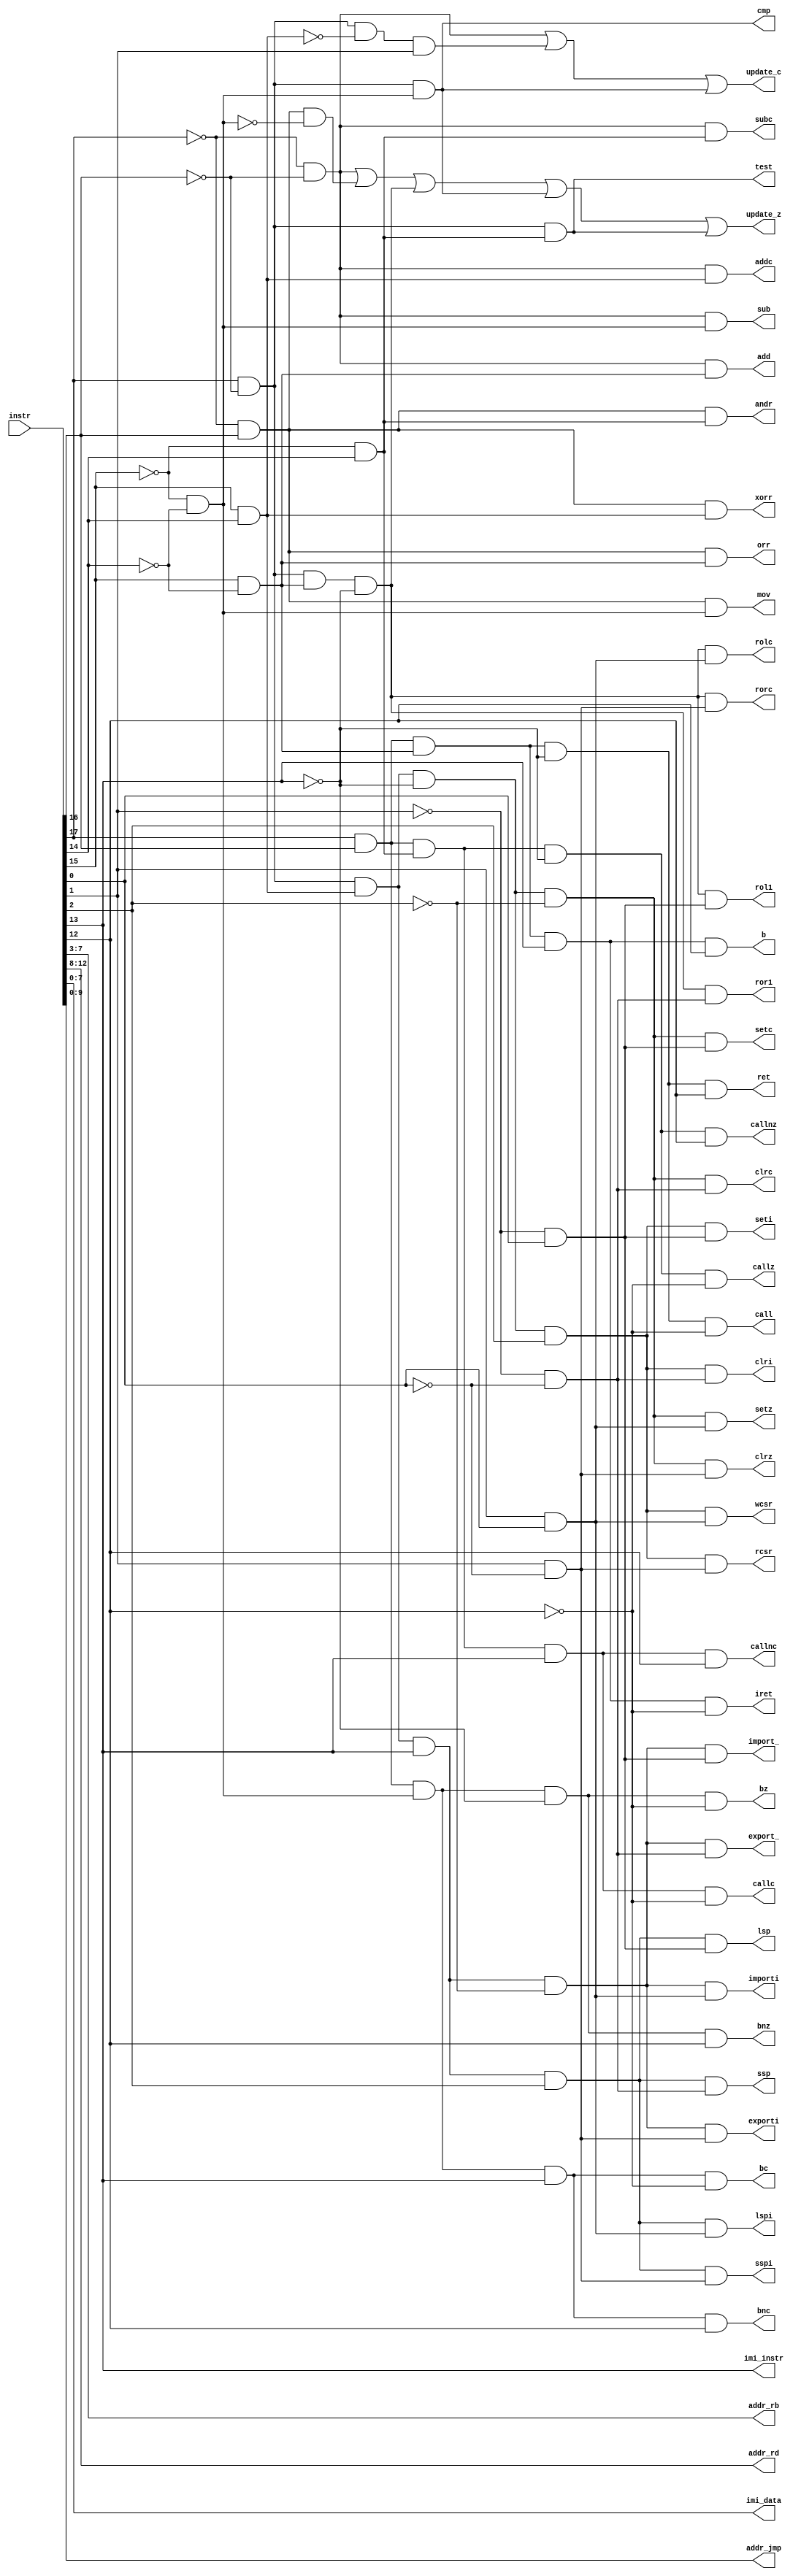
// ============================================================================
// >>>>>>>>>>>>>>>>>>>>>>>>>>>>> COPYRIGHT NOTICE <<<<<<<<<<<<<<<<<<<<<<<<<<<<<
// ----------------------------------------------------------------------------
// Copyright (c) 2006-2011 by Lattice Semiconductor Corporation
// ALL RIGHTS RESERVED 
// ----------------------------------------------------------------------------
//
// IMPORTANT: THIS FILE IS AUTO-GENERATED BY THE LATTICEMICO SYSTEM.
//
// Permission:
//
//      Lattice Semiconductor grants permission to use this code
//      pursuant to the terms of the Lattice Semiconductor Corporation
//      Open Source License Agreement.  
//
// Disclaimer:
//
//      Lattice Semiconductor provides no warranty regarding the use or
//      functionality of this code. It is the user's responsibility to
//      verify the users design for consistency and functionality through
//      the use of formal verification methods.
//
// ----------------------------------------------------------------------------
//
//                  Lattice Semiconductor Corporation
//                  5555 NE Moore Court
//                  Hillsboro, OR 97214
//                  U.S.A
//
//                  TEL: 1-800-Lattice (USA and Canada)
//                         503-286-8001 (other locations)
//
//                  web: http://www.latticesemi.com/
//
// ----------------------------------------------------------------------------
//                         FILE DETAILS
//
// Name			: lm8_idec.v
// Project		: LatticeMico8
// Dependencies	: n/a
// Description	: LatticeMico8 microcontroller core's instruction decode logic.
// Revisions	: 3.2 (Initial version)
// 				: 3.3 (n/a)
// ============================================================================

module lm8_idec
  #(
    parameter  PROM_AW=10
    )
   (
    input [17:0] instr,
    
    output reg imi_instr,
    output reg sub,
    output reg subc,
    output reg add,
    output reg addc,
    output reg mov,
    output reg andr,
    output reg orr,
    output reg xorr,
    output reg cmp,
    output reg test,
    output reg ror1,
    output reg rorc,
    output reg rol1,
    output reg rolc,
    output reg clrc,
    output reg setc,
    output reg clrz,
    output reg setz,
    output reg clri,
    output reg seti,
    output reg bz,
    output reg bnz,
    output reg bc,
    output reg bnc,
    output reg b,
    output reg callz,
    output reg callnz,
    output reg callc,
    output reg callnc,
    output reg call,
    output reg ret,
    output reg iret,
    output reg export_,
    output reg import_,
    output reg exporti,
    output reg importi,
    output reg ssp,
    output reg lsp,
    output reg sspi,
    output reg lspi,
    output reg wcsr,
    output reg rcsr,
    
    output reg [4:0] addr_rb,
    output reg [4:0] addr_rd,
    output reg [7:0] imi_data,
    output reg [PROM_AW -1:0] addr_jmp,
    output reg update_c,
    output reg update_z
   );
   
   
   reg        instr_l1_0, instr_l1_1, instr_l1_2, instr_l1_3;
   reg        instr_l2_0, instr_l2_1, instr_l2_2, instr_l2_3;
   reg        instr_l3_0, instr_l3_1;
   reg        instr_l4_0, instr_l4_1;
   reg        instr_l5_0, instr_l5_1, instr_l5_2, instr_l5_3;
   reg        instr_l6_0, instr_l6_1;
   reg        instr_l7_0, instr_l7_1, instr_l7_2, instr_l7_3;
   reg        ro;
   reg        sc;
   reg        br0;
   reg        ca0, ca1;
   reg        re;
   reg        iels;
   reg        iels_ie;
   reg        iels_ls;
   
   always @(/*AUTOSENSE*/instr)
     begin
	// Level 1 decodes of bits [17:16]
	instr_l1_0 = (~instr[17] & ~instr[16]);
	instr_l1_1 = (~instr[17] & instr[16]);
	instr_l1_2 = (instr[17] & ~instr[16]);
	instr_l1_3 = (instr[17] & instr[16]);
	
	// Level 2 decodes of bits [15:14]
	instr_l2_0 = (~instr[15] & ~instr[14]);
	instr_l2_1 = (~instr[15] & instr[14]);
	instr_l2_2 = (instr[15] & ~instr[14]);
	instr_l2_3 = (instr[15] & instr[14]);
	
	// Level 3 decodes of bits [13]
	instr_l3_0 = ~instr[13];
	instr_l3_1 = instr[13];
	
	// Level 4 decodes of bits [12]
	instr_l4_0 = ~instr[12];
	instr_l4_1 = instr[12];
	
	// Level 5 decodes of bits [11:10]
	instr_l5_0 = (~instr[11] & ~instr[10]);
	instr_l5_1 = (~instr[11] & instr[10]);
	instr_l5_2 = (instr[11] & ~instr[10]);
	instr_l5_3 = (instr[11] & instr[10]);
	
	// Level 6 decodes of bits [2]
	instr_l6_0 = ~instr[2];
	instr_l6_1 = instr[2];
	
	// Level 7 decodes of bits [1:0]
	instr_l7_0 = (~instr[1] & ~instr[0]);
	instr_l7_1 = (~instr[1] & instr[0]);
	instr_l7_2 = (instr[1] & ~instr[0]);
	instr_l7_3 = (instr[1] & instr[0]);
     end
   
   always @(/*AUTOSENSE*/instr or instr_l1_0 or instr_l1_1
	    or instr_l1_2 or instr_l1_3 or instr_l2_0 or instr_l2_1
	    or instr_l2_2 or instr_l2_3 or instr_l3_0 or instr_l3_1
	    or instr_l4_0 or instr_l4_1 or instr_l6_0 or instr_l6_1
	    or instr_l7_0 or instr_l7_1 or instr_l7_2 or instr_l7_3)
     begin
	// Immidiate operand instruction de
	imi_instr = instr_l3_1;
	
	// Decodes for sub* instructions
	sub   = instr_l1_0 & instr_l2_0;
	subc  = instr_l1_0 & instr_l2_1;
	
	// Decodes for add* instructions
	add   = instr_l1_0 & instr_l2_2;
	addc  = instr_l1_0 & instr_l2_3;
	
	// Decodes for mov* instructions
	mov  = instr_l1_1 & instr_l2_0;
	
	// Decodes for logic* instructions
	andr = instr_l1_1 & instr_l2_1;
	orr  = instr_l1_1 & instr_l2_2;
	xorr = instr_l1_1 & instr_l2_3;
	
	// Decodes for compare/test instructions
	cmp   = instr_l1_2 & instr_l2_0;
	test  = instr_l1_2 & instr_l2_1;
	
	// Decodes for rotate instructions
	ro    = instr_l1_2 & instr_l2_2 & instr_l3_0;
	ror1  = ro & instr_l7_0;
	rorc  = ro & instr_l7_2;
	rol1  = ro & instr_l7_1;
	rolc  = ro & instr_l7_3;
	
	// Decodes for set/clear instructions
	sc    = instr_l1_2 & instr_l2_3 & instr_l3_0;
	clrc  = sc & instr_l6_0 & instr_l7_0;
	setc  = sc & instr_l6_0 & instr_l7_1;
	clrz  = sc & instr_l6_0 & instr_l7_2;
	setz  = sc & instr_l6_0 & instr_l7_3;
	clri  = sc & instr_l6_1 & instr_l7_0;
	seti  = sc & instr_l6_1 & instr_l7_1;
	
	// Decodes for import_/export_ instructions
	iels    = instr_l1_2 & instr_l2_3 & instr_l3_1;
	iels_ie = iels & instr_l6_0;
	export_  = iels_ie & instr_l7_0;
	import_  = iels_ie & instr_l7_1;
	exporti = iels_ie & instr_l7_2;
	importi = iels_ie & instr_l7_3;
	
	// Decodes for load/store instructions
	iels_ls = iels & instr_l6_1;
	ssp     = iels_ls & instr_l7_0;
	lsp     = iels_ls & instr_l7_1;
	sspi    = iels_ls & instr_l7_2;
	lspi    = iels_ls & instr_l7_3;
	
	// Decodes for branch instructions
	br0   = instr_l1_3 & instr_l2_0;
	bz    = br0 & instr_l3_0 & instr_l4_0;
	bnz   = br0 & instr_l3_0 & instr_l4_1;
	bc    = br0 & instr_l3_1 & instr_l4_0;
	bnc   = br0 & instr_l3_1 & instr_l4_1;
	
	
	// Decodes for call instructions
	ca0    = instr_l1_3 & instr_l2_1;
	callz  = ca0 & instr_l3_0 & instr_l4_0;
	callnz = ca0 & instr_l3_0 & instr_l4_1;
	callc  = ca0 & instr_l3_1 & instr_l4_0;
	callnc = ca0 & instr_l3_1 & instr_l4_1;
	
	// Decodes for unconditional branch/call/return instructions
	re    = instr_l1_3 & instr_l2_2;
	ca1   = instr_l1_3 & instr_l2_2;
	call  = ca1 & instr_l3_0 & instr_l4_0;
	ret   = re & instr_l3_0 & instr_l4_1;
	iret  = re & instr_l3_1 & instr_l4_0;
	b     = ca1 & instr_l3_1 & instr_l4_1;
	
	// Decodes for control & status instructions
	rcsr  = instr_l1_2 & instr_l2_3 & instr_l3_0 & instr_l6_1 & instr_l7_2;
	wcsr  = instr_l1_2 & instr_l2_3 & instr_l3_0 & instr_l6_1 & instr_l7_3;
	
	// Undefined Opcode
	// undef_op = instr_l1_3 & instr_l2_3;
	
	// Rd address
	addr_rd  = instr[12:8];
	
	// Rb address
	addr_rb  = instr[7:3];
	
	// Constant data from immidiate instructions
	imi_data = instr[7:0];
	
	// Enable Carry/Zero Flag update
	update_c = (instr_l1_0 | ( instr_l1_2 & ~instr_l2_3 & instr[1]) | (instr_l1_2 & instr_l2_0));
	
	update_z = (instr_l1_0 | // add/sub
		    (instr_l1_1 & ~instr_l2_0) | // and/or/xor
		    ro |   // rotate
		    cmp |  // compare
		    test); // test
	// setz and clrz do not activate update_z, but are used directly
	// by the async_z logic in lm8_flow_ctrl.
     end
   
   // Label from branch/call instructions
   generate
      if (PROM_AW <= 12)
	always @(instr)
          addr_jmp = instr[PROM_AW-1:0];
      else
	always @(instr)
          addr_jmp = {{PROM_AW-12{instr[11]}},instr[11:0]};
   endgenerate

endmodule